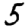
Digit: 5